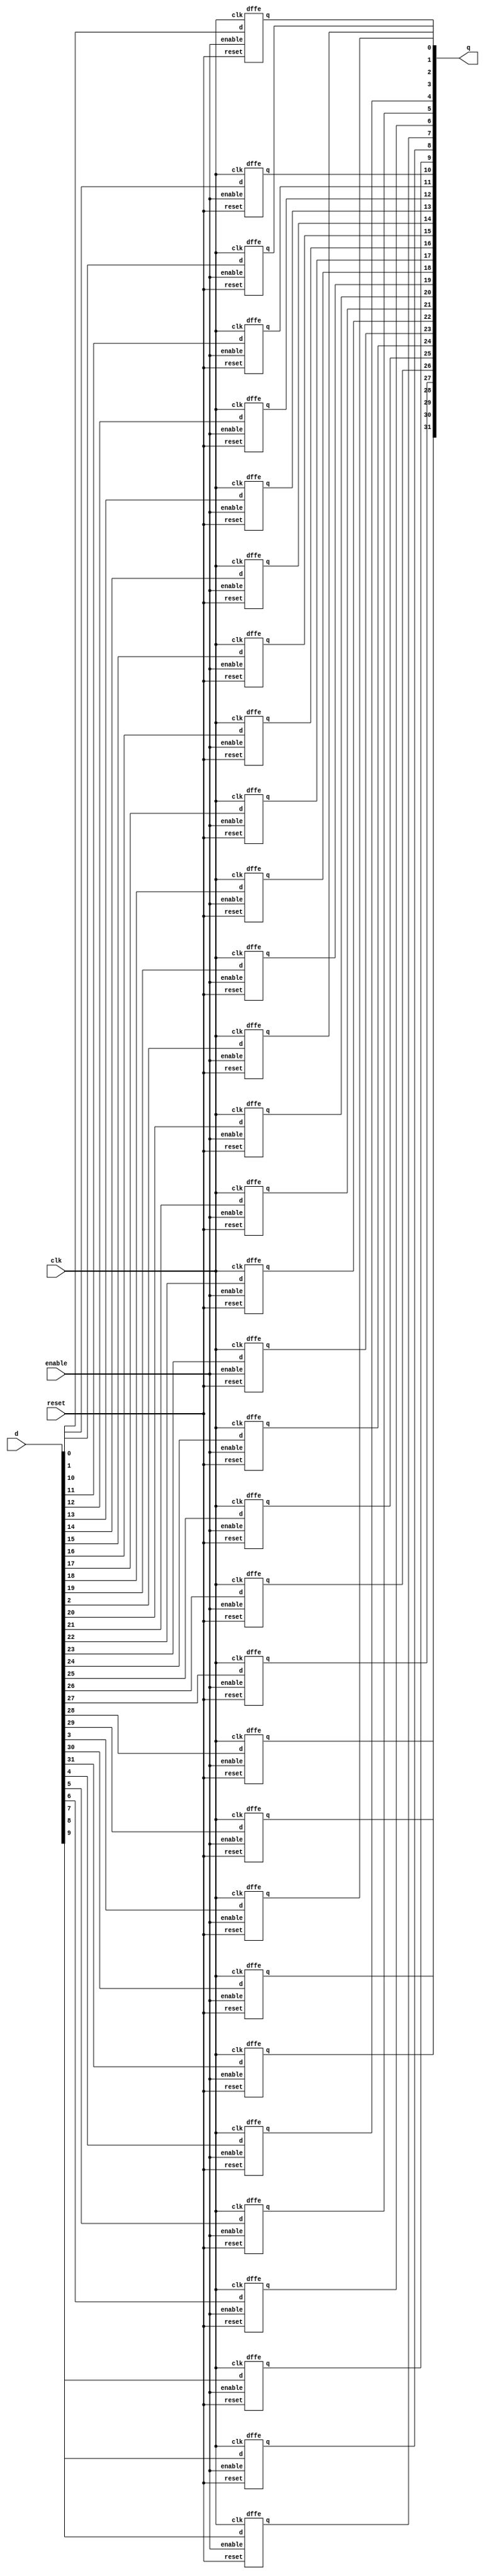
// register: A register which may be reset to an arbirary value
//
// q      (output) - Current value of register
// d      (input)  - Next value of register
// clk    (input)  - Clock (positive edge-sensitive)
// enable (input)  - Load new value? (yes = 1, no = 0)
// reset  (input)  - Asynchronous reset    (reset = 1)
//
module register(q, d, clk, enable, reset);

    output [31:0] q;
    input  [31:0] d;
    input  clk, enable, reset;

   //  Your implementation goes here
    dffe dffe0(q[0], d[0], clk, enable, reset);
    dffe dffe1(q[1], d[1], clk, enable, reset);
    dffe dffe2(q[2], d[2], clk, enable, reset);
    dffe dffe3(q[3], d[3], clk, enable, reset);
    dffe dffe4(q[4], d[4], clk, enable, reset);
    dffe dffe5(q[5], d[5], clk, enable, reset);
    dffe dffe6(q[6], d[6], clk, enable, reset);
    dffe dffe7(q[7], d[7], clk, enable, reset);
    dffe dffe8(q[8], d[8], clk, enable, reset);
    dffe dffe9(q[9], d[9], clk, enable, reset);
    dffe dffe10(q[10], d[10], clk, enable, reset);
    dffe dffe11(q[11], d[11], clk, enable, reset);
    dffe dffe12(q[12], d[12], clk, enable, reset);
    dffe dffe13(q[13], d[13], clk, enable, reset);
    dffe dffe14(q[14], d[14], clk, enable, reset);
    dffe dffe15(q[15], d[15], clk, enable, reset);
    dffe dffe16(q[16], d[16], clk, enable, reset);
    dffe dffe17(q[17], d[17], clk, enable, reset);
    dffe dffe18(q[18], d[18], clk, enable, reset);
    dffe dffe19(q[19], d[19], clk, enable, reset);
    dffe dffe20(q[20], d[20], clk, enable, reset);
    dffe dffe21(q[21], d[21], clk, enable, reset);
    dffe dffe22(q[22], d[22], clk, enable, reset);
    dffe dffe23(q[23], d[23], clk, enable, reset);
    dffe dffe24(q[24], d[24], clk, enable, reset);
    dffe dffe25(q[25], d[25], clk, enable, reset);
    dffe dffe26(q[26], d[26], clk, enable, reset);
    dffe dffe27(q[27], d[27], clk, enable, reset);
    dffe dffe28(q[28], d[28], clk, enable, reset);
    dffe dffe29(q[29], d[29], clk, enable, reset);
    dffe dffe30(q[30], d[30], clk, enable, reset);
    dffe dffe31(q[31], d[31], clk, enable, reset);
endmodule // register



// dffe: D-type flip-flop with enable
//
// q      (output) - Current value of flip flop
// d      (input)  - Next value of flip flop
// clk    (input)  - Clock (positive edge-sensitive)
// enable (input)  - Load new value? (yes = 1, no = 0)
// reset  (input)  - Asynchronous reset   (reset =  1)
//
module dffe(q, d, clk, enable, reset);
   output q;
   reg    q;
   input  d;
   input  clk, enable, reset;

   always@(reset)
     if (reset == 1'b1)
       q <= 0;

   always@(posedge clk)
     if ((reset == 1'b0) && (enable == 1'b1))
       q <= d;
endmodule // dffe